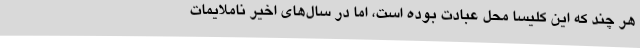
هر چند که این کلیسا محل عبادت بوده است، اما در سال‌های اخیر ناملایمات